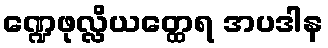
ဏ္ဍေဖုလ္လိယတ္ထေရ အပဒါန